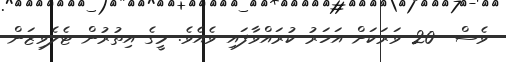
ވެސް  20 ވަރަކަށް އަހަރު ކުރައްވާފައި ވެއެވެ. މީގެ އިތުރުން ޓެލެވިޒަން